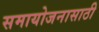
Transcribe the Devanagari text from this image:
समायोजनासाठी